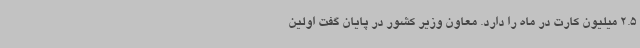
2.5 میلیون کارت در ماه را دارد. معاون وزیر کشور در پایان گفت اولین